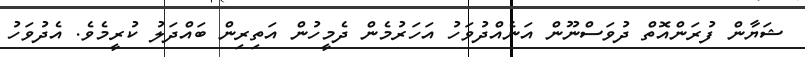
ޝަޔާން ފުރަންއޮތް ދުވަސްނޫން އަނެއްދުވަހު އަހަރުމެން ދެމީހުން އަތިރިން ބައްދަލު ކުރީމެވެ. އެދުވަހު